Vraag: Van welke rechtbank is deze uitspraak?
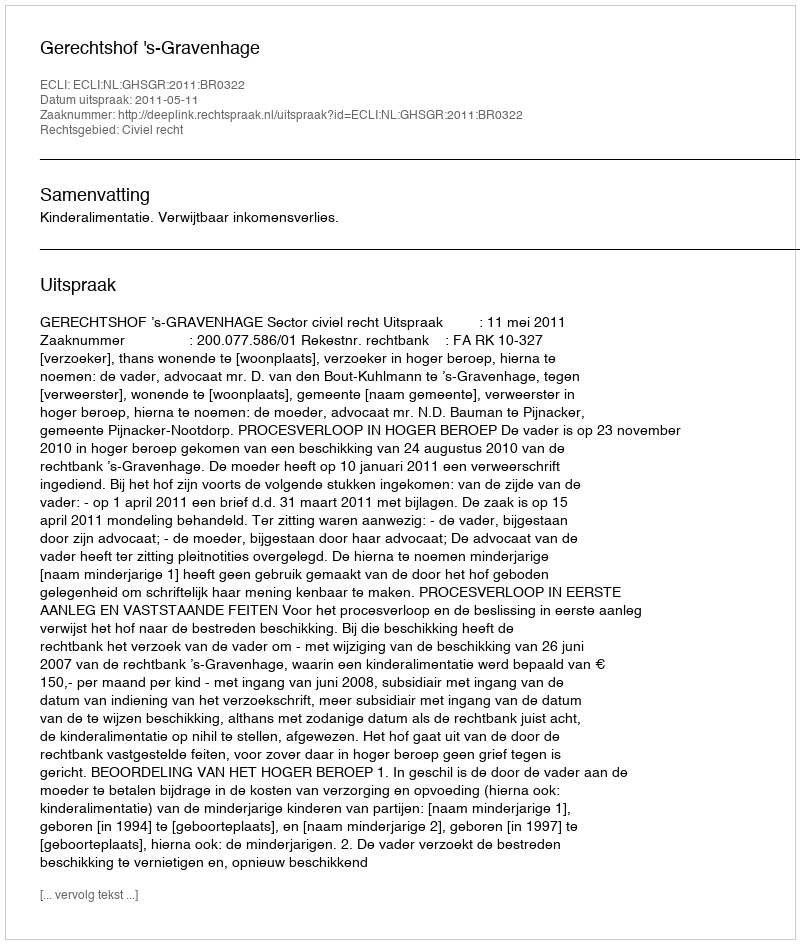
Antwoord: Gerechtshof 's-Gravenhage